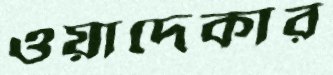
ওয়াদেকার